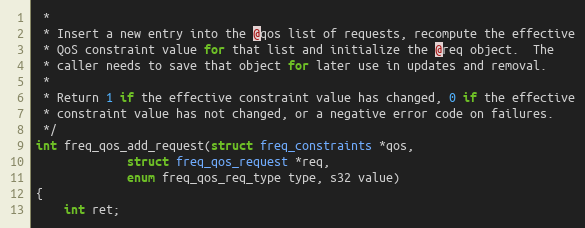
Language: C
 *
 * Insert a new entry into the @qos list of requests, recompute the effective
 * QoS constraint value for that list and initialize the @req object.  The
 * caller needs to save that object for later use in updates and removal.
 *
 * Return 1 if the effective constraint value has changed, 0 if the effective
 * constraint value has not changed, or a negative error code on failures.
 */
int freq_qos_add_request(struct freq_constraints *qos,
			 struct freq_qos_request *req,
			 enum freq_qos_req_type type, s32 value)
{
	int ret;